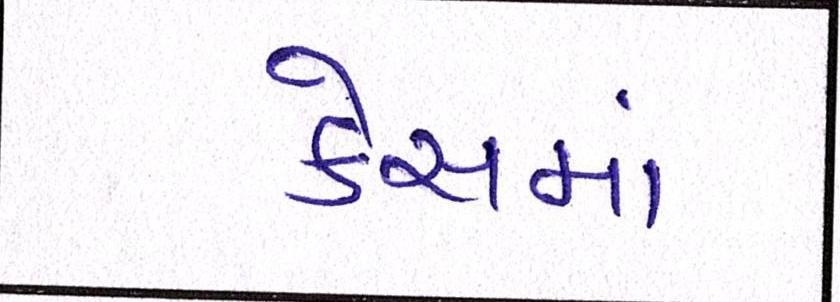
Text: કેસમાં